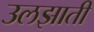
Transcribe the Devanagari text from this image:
उलझाती